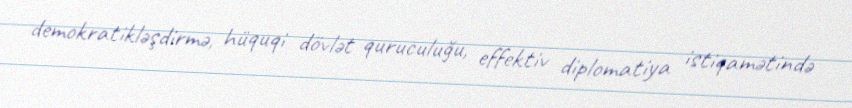
demokratikləşdirmə, hüquqi dövlət quruculuğu, effektiv diplomatiya istiqamətində